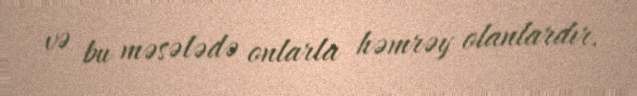
və bu məsələdə onlarla həmrəy olanlardır.